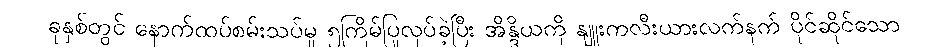
ခုနှစ်တွင် နောက်ထပ်စမ်းသပ်မှု ၅ကြိမ်ပြုလုပ်ခဲ့ပြီး အိန္ဒိယကို နျူးကလီးယားလက်နက် ပိုင်ဆိုင်သော